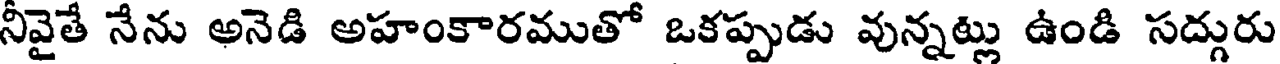
నీవైతే నేను అనెడి అహంకారముతో ఒకప్పుడు వున్నట్లు ఉండి సద్గురు